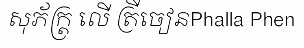
សុភ័ក្ត្រ លើ ត្រីចៀនPhalla Phen